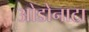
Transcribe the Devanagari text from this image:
ओडोनाटा